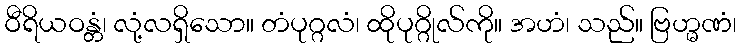
ဝီရိယဝန္တံ၊ လုံ့လရှိသော။ တံပုဂ္ဂလံ၊ ထိုပုဂ္ဂိုလ်ကို။ အဟံ၊ သည်။ ဗြဟ္မဏံ၊